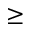
\geq